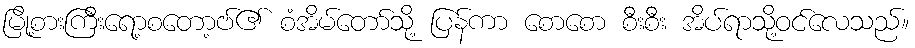
မြို့စားကြီးရော့စတော့ဗ်၏ စံအိမ်တော်သို့ ပြန်ကာ စောစော စီးစီး အိပ်ရာသို့ဝင်လေသည်။